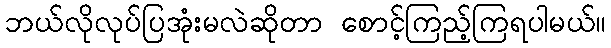
ဘယ်လိုလုပ်ပြအုံးမလဲဆိုတာ စောင့်ကြည့်ကြရပါမယ်။